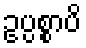
ဥပ္ပစ္စာပိ